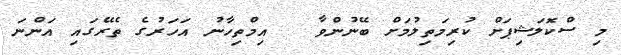
މި ސްކޮލަޝިޕަށް ކުރިމަތިލުމަށް ބޭނުންވާ   އިމްތިހާނު އަހަރުގެ ތެރޭގައި އަންނަ